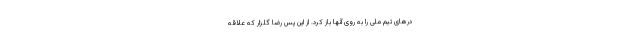
درهای تیم ملی را به روی آنها باز کرد. از این پس رضا گلزار که علاقه